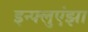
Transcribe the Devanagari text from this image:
इन्‍फ्लुएंझा